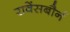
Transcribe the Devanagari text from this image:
रावेंसबौर्न